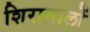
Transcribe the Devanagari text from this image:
शिरानालों